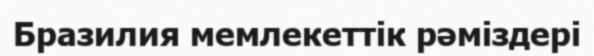
Бразилия мемлекеттік рәміздері